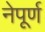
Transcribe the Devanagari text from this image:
नेपूर्ण